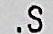
.S